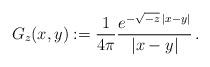
LaTeX: \begin{align*} G_z(x,y) := \frac{1}{4\pi} \frac{e^{-\sqrt{-z}\,|x-y|}}{|x-y|} \,.\end{align*}